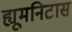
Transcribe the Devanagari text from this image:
ह्यूमनिटास